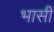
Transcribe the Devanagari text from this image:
भासीं